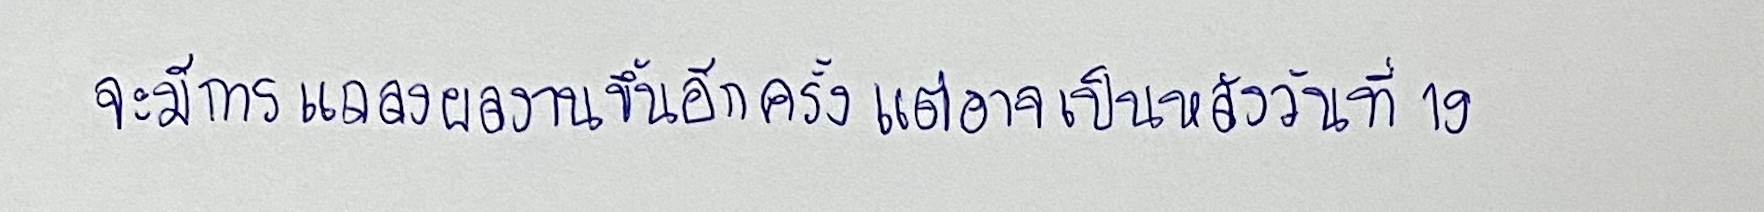
จะมีการแถลงผลงานขึ้นอีกครั้งแต่อาจเป็นหลังวันที่19